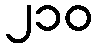
၂၁၀